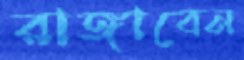
রাঙ্গাবেন